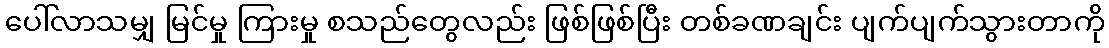
ပေါ်လာသမျှ မြင်မှု ကြားမှု စသည်တွေလည်း ဖြစ်ဖြစ်ပြီး တစ်ခဏချင်း ပျက်ပျက်သွားတာကို